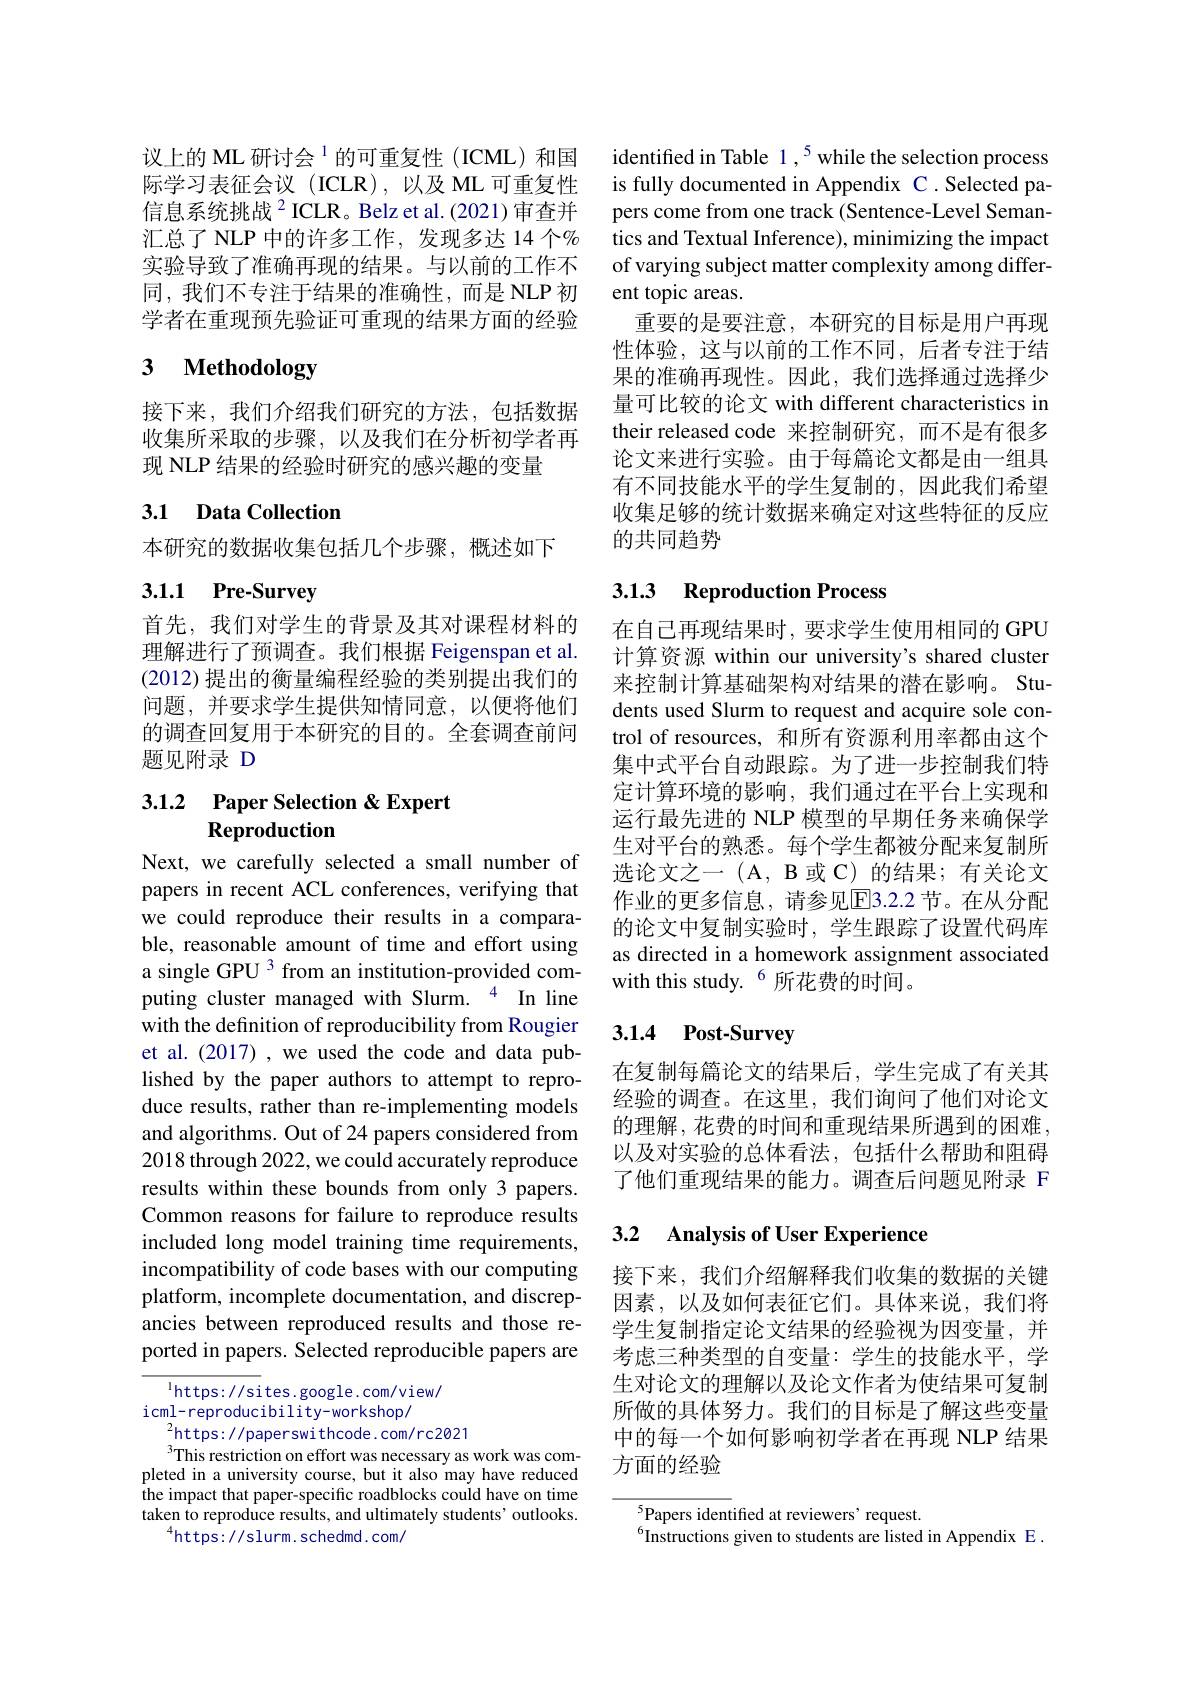
议上的 ML 研讨会$^{1}$的可重复性(ICML)和国际学习表征会议(ICLR),以及ML可重复性信息系统挑战$^{2}$ICLR。Belz et al.(2021) 审查并汇总了 NLP 中的许多工作，发现多达 14 个% 实验导致了准确再现的结果。与以前的工作不同，我们不专注于结果的准确性，而是 NLP初学者在重现预先验证可重现的结果方面的经验

# 3 Methodology

接下来，我们介绍我们研究的方法，包括数据收集所采取的步骤，以及我们在分析初学者再现 NLP 结果的经验时研究的感兴趣的变量

## 3.1 Data Collection

本研究的数据收集包括几个步骤，概述如下

# 3.1.1 Pre-Survey

首先，我们对学生的背景及其对课程材料的理解进行了预调查。我们根据 Feigenspan et al. (2012) 提出的衡量编程经验的类别提出我们的问题，并要求学生提供知情同意，以便将他们的调查回复用于本研究的目的。全套调查前问题见附录 D

## 3.1.2 $\textbf{Paper Selection}$ &Expert Reproduction

Next, we carefully selected a small number of papers in recent ACL conferences, verifying that we could reproduce their results in a comparable, reasonable amount of time and effort using a single GPU 3 from an institution-provided computing cluster managed with Slurm.$^{4}$In line with the definition of reproducibility from Rougier et al. (2017) , we used the code and data published by the paper authors to attempt to reproduce results, rather than re-implementing models and algorithms. Out of 24 papers considered from 2018 through 2022, we could accurately reproduce results within these bounds from only 3 papers. Common reasons for failure to reproduce results included long model training time requirements, incompatibility of code bases with our computing platform, incomplete documentation, and discrepancies between reproduced results and those reported in papers. Selected reproducible papers are

$^{1}$https://sites.google.com/view/

icml-reproducibility-workshop/

$^{2}$https: / / paperswi thcode. com/ rc2021
This restriction on effort was necessary as work was completed in a university course, but it also may have reduced the impact that paper-specific roadblocks could have on time taken to reproduce results, and ultimately students' outlooks
$^{4}$https: //slurm. schedmd. com/

identified in Table 1 ,$^{5}$while the selection process is fully documented in Appendix C.Selected papers come from one track (Sentence-Level Semantics and Textual Inference), minimizing the impact of varying subject matter complexity among different topic areas
重要的是要注意，本研究的目标是用户再现性体验，这与以前的工作不同，后者专注于结果的准确再现性。因此，我们选择通过选择少量可比较的论文 with different characteristics in their released code 来控制研究，而不是有很多论文来进行实验。由于每篇论文都是由一组具有不同技能水平的学生复制的，因此我们希望收集足够的统计数据来确定对这些特征的反应的共同趋势

## 3.1.3 Reproduction Process

在自己再现结果时，要求学生使用相同的 GPU 计算资源 within our university's shared cluster 来控制计算基础架构对结果的潜在影响。Students used Slurm to request and acquire sole control of resources, 和所有资源利用率都由这个集中式平台自动跟踪。为了进一步控制我们特定计算环境的影响，我们通过在平台上实现和运行最先进的 NLP 模型的早期任务来确保学生对平台的熟悉。每个学生都被分配来复制所选论文之一 (A,B或 C) 的结果；有关论文作业的更多信息，请参见$\overline{\mathrm{E}}$3.2.2 节。在从分配的论文中复制实验时，学生跟踪了设置代码库as directed in a homework assignment associated with this study.$^{6}$所花费的时间。

## 3.1.4 Post-Survey

在复制每篇论文的结果后，学生完成了有关其经验的调查。在这里，我们询问了他们对论文的理解，花费的时间和重现结果所遇到的困难， 以及对实验的总体看法，包括什么帮助和阻碍了他们重现结果的能力。调查后问题见附录 F

## 3.2 Analysis of User Experience

接下来，我们介绍解释我们收集的数据的关键因素，以及如何表征它们。具体来说，我们将学生复制指定论文结果的经验视为因变量，并考虑三种类型的自变量：学生的技能水平，学生对论文的理解以及论文作者为使结果可复制所做的具体努力。我们的目标是了解这些变量中的每一个如何影响初学者在再现 NLP 结果方面的经验

$^{5}$Papers identified at reviewers' request.
$^{6}$Instructions given to students are listed in Appendix E.